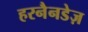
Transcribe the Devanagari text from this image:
हरनैनडेज़